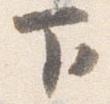
下